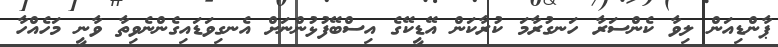
ޕާންޑިއަން ލިވާ ކެންސަރާ ހަނގުރާމަ ކުރާކަން އޭޑީކޭގެ އިސްބޭފުޅުންނަށް އެނގިވަޑަައިގެންނެވިތާ ވާނީ މަހެއްހާ